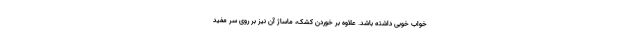
خواب خوبی داشته باشد. علاوه بر خوردن کشک، ماساژ آن نیز بر روی سر مفید